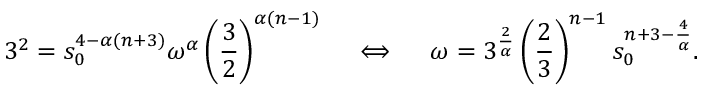
3 ^ { 2 } = s _ { 0 } ^ { 4 - \alpha ( n + 3 ) } \omega ^ { \alpha } \left( \frac 3 2 \right) ^ { \alpha ( n - 1 ) } \quad \iff \quad \omega = 3 ^ { \frac { 2 } { \alpha } } \left( \frac 2 3 \right) ^ { n - 1 } s _ { 0 } ^ { n + 3 - \frac { 4 } { \alpha } } .